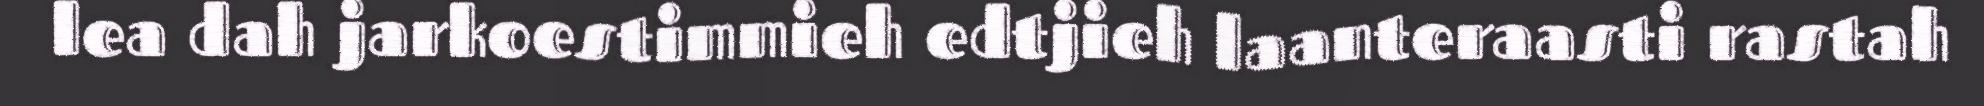
lea dah jarkoestimmieh edtjieh laanteraasti rastah